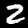
Digit: 2